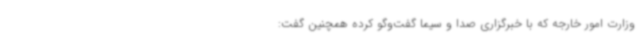
وزارت امور خارجه که با خبرگزاری صدا و سیما گفت‌وگو کرده همچنین گفت: